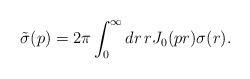
LaTeX: \begin{align*}\tilde{\sigma}(p) = 2 \pi \int_0^\infty dr \,r J_0(p r) \sigma(r).\end{align*}